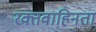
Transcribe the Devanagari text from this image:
रक्तवाहिनता